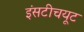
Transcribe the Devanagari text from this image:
इंसटीचयूट